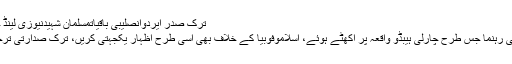
ترک صدر ایردوانصلیبی باقیاتمسلمان شہیدنیوزی لینڈ حملہ
عالمی رہنما جس طرح چارلی ہیبڈو واقعہ پر اکھٹے ہوئے، اسلاموفوبیا کے خلاف بھی اسی طرح اظہار یکجہتی کریں، ترک صدارتی ترجمان